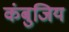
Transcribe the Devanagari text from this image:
कंबुजिय